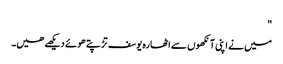
"
میں نے اپنی آنکھوں سے اٹھارہ یوسف تڑپتے ھوئے دیکھے ھیں۔